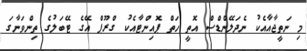
މި ނަތީޖާއާއެކު ނެދަލޭންޑްސް އޮތީ ހަތް ޕޮއިންޓާއެކު ގްރޫޕް އޭގެ ޓޭބަލުގެ ތިންވަނާގަ